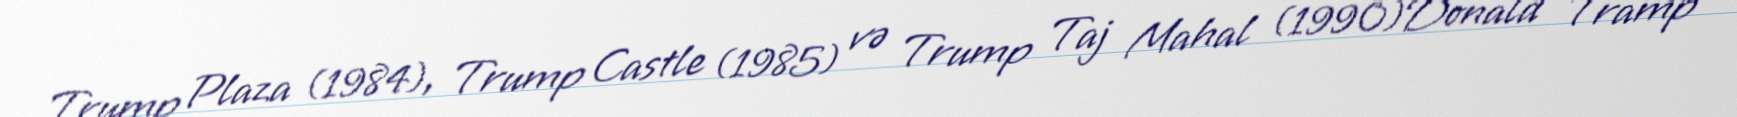
Trump Plaza (1984), Trump Castle (1985) və Trump Taj Mahal (1990)Donald Tramp